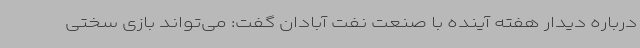
درباره دیدار هفته آینده با صنعت نفت آبادان گفت: می‌تواند بازی سختی